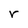
Character: r